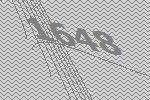
1648